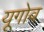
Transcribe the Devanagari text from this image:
यूगोव